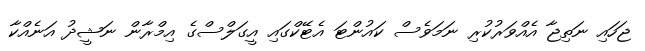
ޖަހައި ނަތިޖާ އެއްވަރުކުރި ނަމަވެސް ކައުންޓަ އެޓޭކްގައި އީގަލްސްގެ އިމްރާން ނަޝީދު އަނެއްކާ